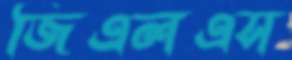
জিএলএস